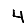
Digit: 4